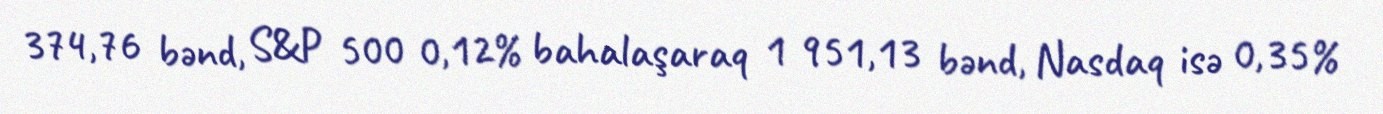
374,76 bənd, S&P 500 0,12% bahalaşaraq 1 951,13 bənd, Nasdaq isə 0,35%